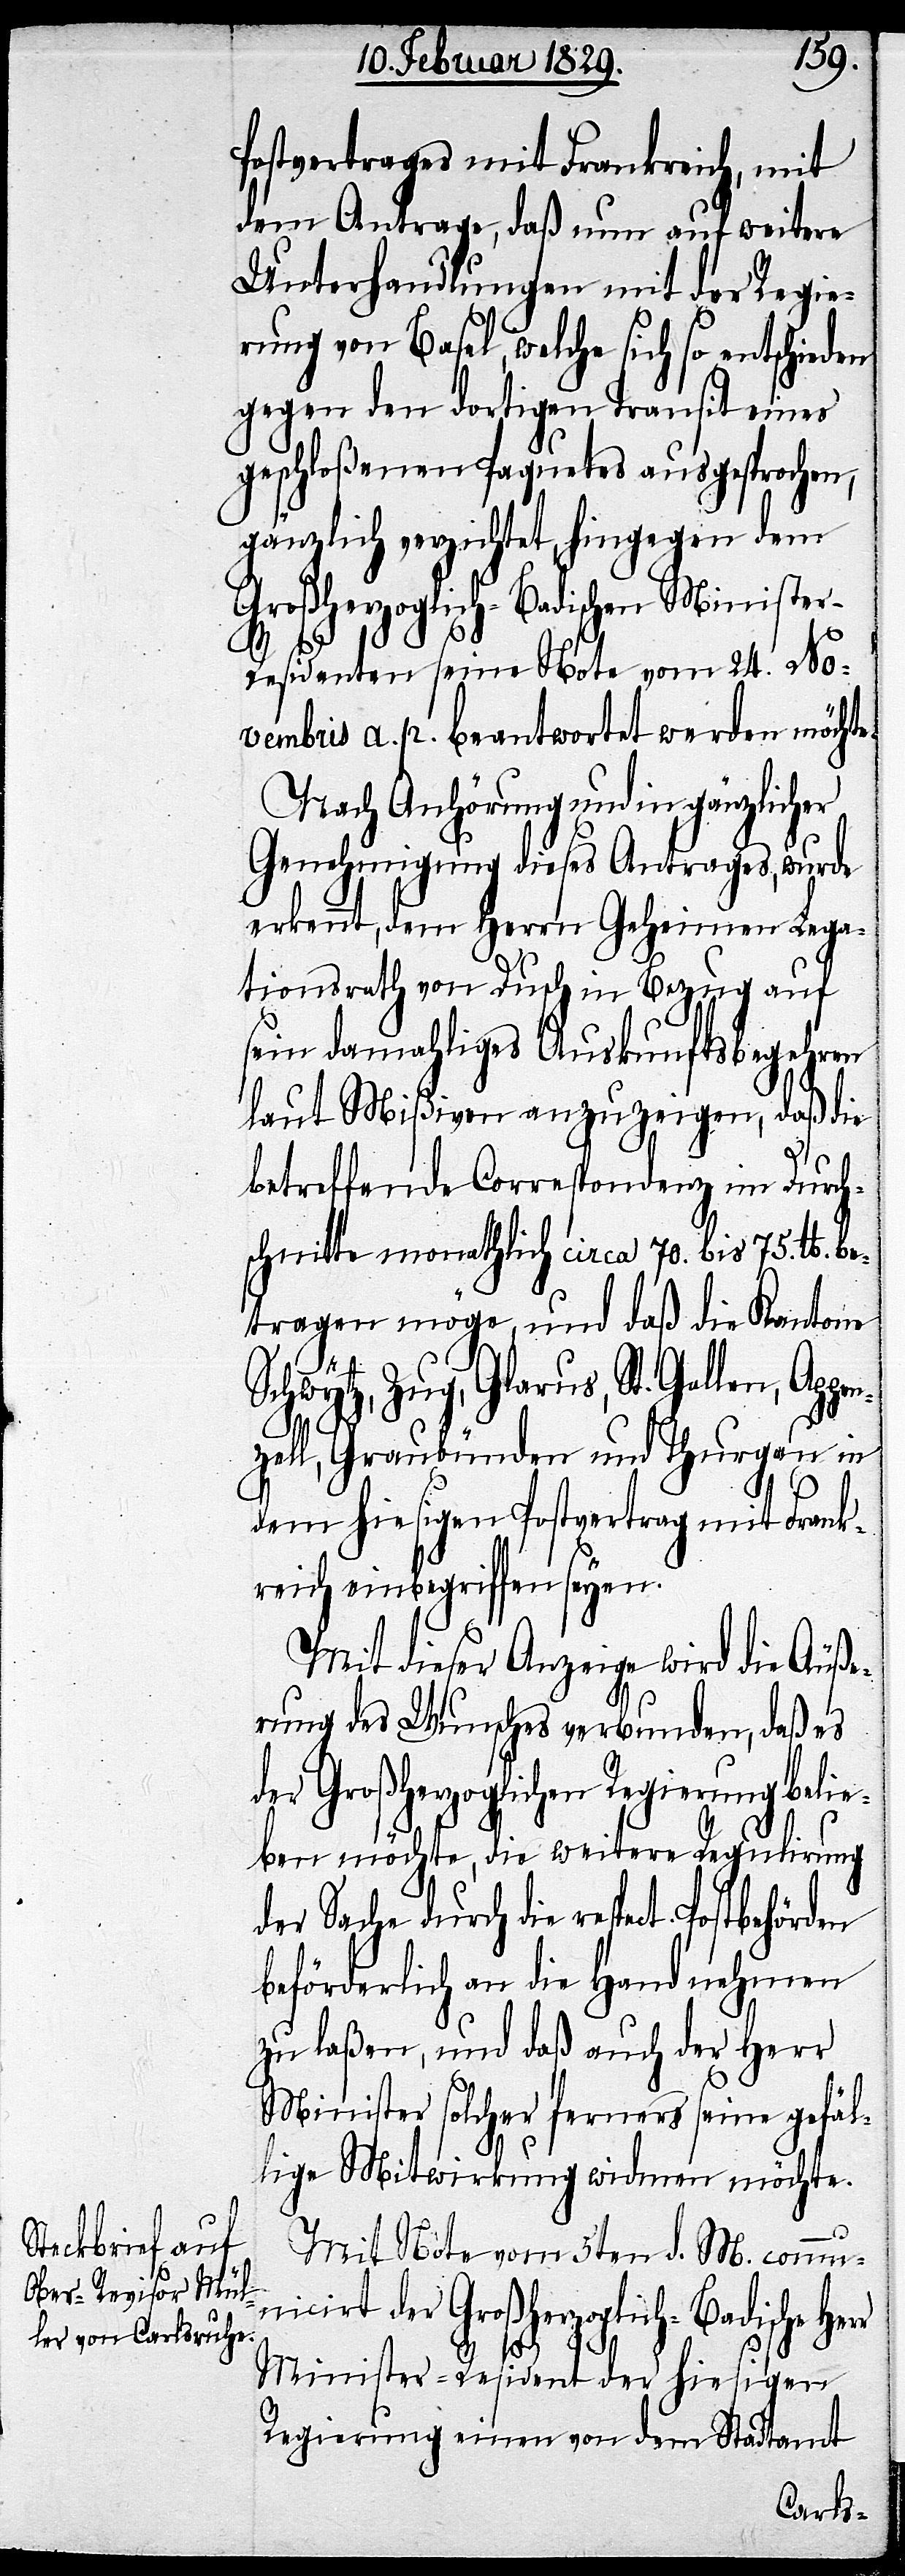
Postvertrages mit Frankreich, mit
dem Antrage, daß nun auf weitere
Unterhandlungen mit der Regie¬
rung von Basel, welche sich so entschieden
gegen den dortigen Transit eines
geschloßenen Paquets ausgesprochen,
gänzlich verzichtet, hingegen dem
Großherzgolich-Badischen Ministe¬
r-Residenten seine Note vom 24. No¬
vembris a. p. beantwortet werden möchte.
Nach Anhörung und in gänzlicher
Genehmigung dieses Antrages, wurde
erkennt, dem Herrn Geheimen Lega¬
tionsrath von Dusch in Bezug auf
sein damahliges Auskunftsbegehren
laut Mißiven anzuzeigen, daß die
betreffende Correspondenz im Durch¬
schnitte monathlich circa. 70. bis 74. Pfd.
betragen möge, und daß die Kantone
Schwytz, Zug, Glarus, St. Gallen, App¬
enzell, Graubünden und Thurgau in
dem hiesigen Postvertrag mit Fran¬
kreich einbegriffen seyen.
Mit dieser Anzeige wird die Äuße¬
rung des Wunsches verbunden, daß es
der Großherzoglichen Regierung belie¬
ben möchte, die weitere Regulirung
der Sache durch die respect.
beförderlich an die Hand nehmen
zu laßen, und daß auch der Herr
Minister solcher ferners seine gefäl¬
lige Mitwirkung widmen möchte.
Mit Note vom 5ten d. M. commun¬
icirt der Großherzoglich-Badische
Minister-Resident der hiesigen
Regierung einen von dem Stadtamt